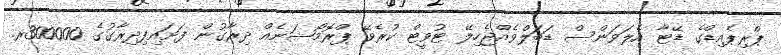
ޕްރިޕެއިޑްގެ ޑޭޓާ އެލަވަންސް ޑަބަލްވެއްޖެހިލޭ ޓުވީޓް ކުރެވޭ ޕްރޮމޯޝަނެއް ދިރާގުން ފަށައިފިދިރާގުގެ 300000ރ.